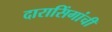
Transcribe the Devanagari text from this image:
दारासिंगांची